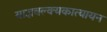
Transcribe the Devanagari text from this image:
याज्ञवल्क्यकात्यायन